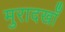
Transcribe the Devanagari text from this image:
मुरादखाँ